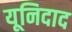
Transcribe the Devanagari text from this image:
यूनिदाद